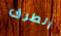
الطرق